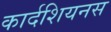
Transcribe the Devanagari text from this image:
कार्दशियनस